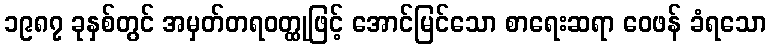
၁၉၈၇ ခုနှစ်တွင် အမှတ်တရဝတ္ထုဖြင့် အောင်မြင်သော စာရေးဆရာ ဝေဖန် ခံရသော